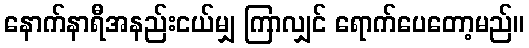
နောက်နာရီအနည်းငယ်မျှ ကြာလျှင် ရောက်ပေတော့မည်။